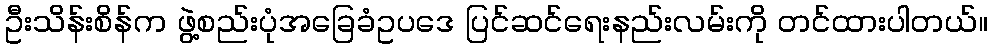
ဦးသိန်းစိန်က ဖွဲ့စည်းပုံအခြေခံဥပဒေ ပြင်ဆင်ရေးနည်းလမ်းကို တင်ထားပါတယ်။